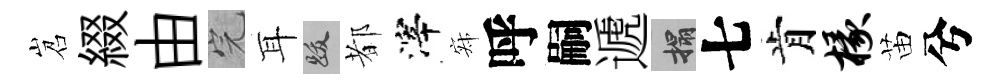
岧綴由完耳跋都滓寂呼嗣遞搨七肯椽苗兮